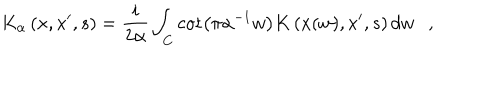
K _ { \alpha } \left( x , x ^ { \prime } , s \right) = { \frac { i } { 2 \alpha } } \int _ { C } \cot \left( \pi \alpha ^ { - 1 } w \right) K \left( x ( w ) , x ^ { \prime } , s \right) d w ,